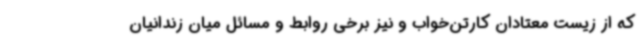
که از زیست معتادان کارتن‌خواب و نیز برخی روابط و مسائل میان زندانیان